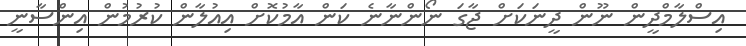
އިސްލާމްދީން ނޫން ދީނަކަށް ޖާގަ ނޯންނާނެ ކަން އާމުކޮށް އިއުލާން ކުރުމުން އިންސާނީ